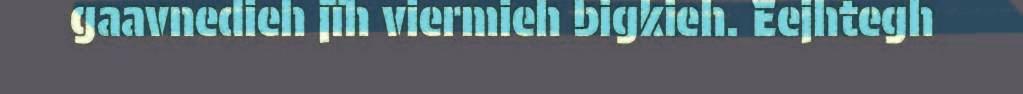
gaavnedieh jïh viermieh bigkieh. Eejhtegh